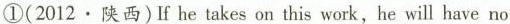
①(2012.陕西) If he takes on this work, he will have no